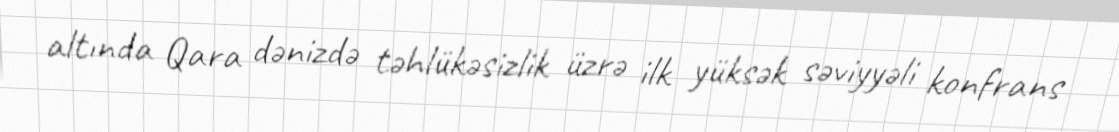
altında Qara dənizdə təhlükəsizlik üzrə ilk yüksək səviyyəli konfrans